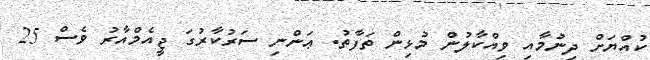
ކުއްޔަށް ދިނުމާއި ވިއްކާލުން މުޅިން ތަފާތު. ޢަންނި ސަރުކާރުގަ ޖީއެމްއާރު ވެސް 25